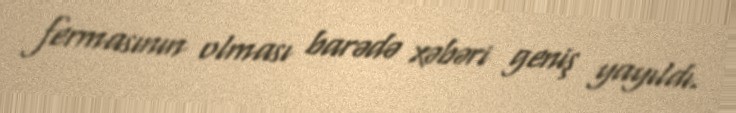
fermasının olması barədə xəbəri geniş yayıldı.